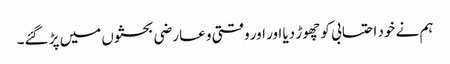
ہم نے خود احتسابی کو چھوڑ دیا اور اور وقتی و عارضی بحثوں میں پڑ گئے۔